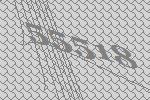
55518